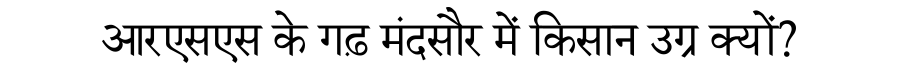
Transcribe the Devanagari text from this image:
आरएसएस के गढ़ मंदसौर में किसान उग्र क्यों?